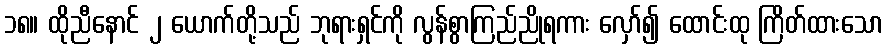
၁၈။ ထိုညီနောင် ၂ ယောက်တို့သည် ဘုရားရှင်ကို လွန်စွာကြည်ညိုရကား လှော်၍ ထောင်းထု ကြိတ်ထားသော